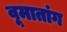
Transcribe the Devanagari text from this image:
वूमातांग